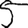
Digit: 5